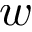
w